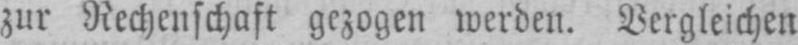
zur Rechenschaft gezogen werden. Vergleichen